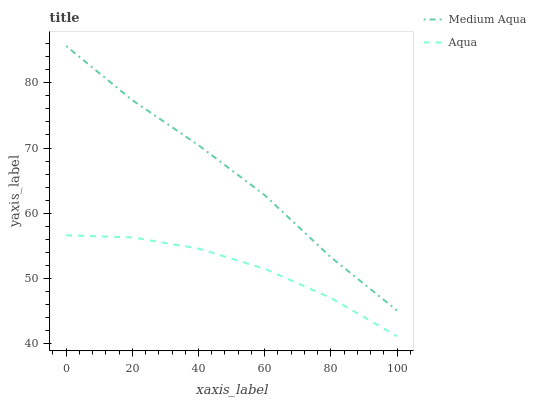
| xaxis_label | Medium Aqua | Aqua |
 | --- | --- | --- |
 | 0 | 85.6 | 56.6 |
 | 20 | 77.3 | 56.3 |
 | 40 | 70.4 | 54.6 |
 | 60 | 62.8 | 51.5 |
 | 80 | 53.2 | 47 |
 | 100 | 45.1 | 41.1 |